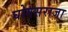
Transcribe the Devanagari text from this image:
घोगसराजा